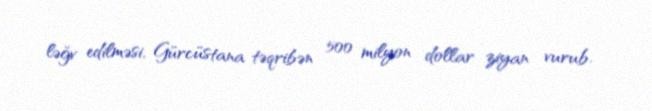
ləğv edilməsi, Gürcüstana təqribən 500 milyon dollar ziyan vurub.